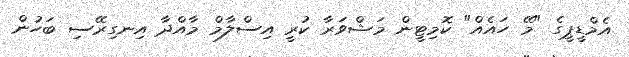
އެމްޑީޕީގެ "މޭ ހައެއް" ކޮމިޓީން މަޝްވަރާ ކުރީ އިސްލާމް މާއްދާ އިނގިރޭސި ބަހުން